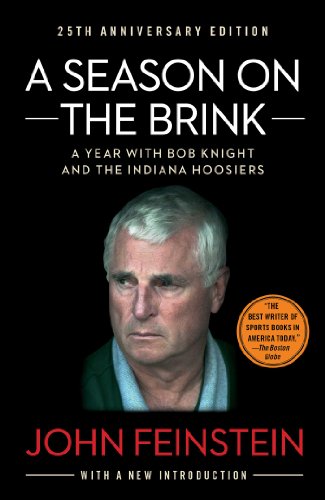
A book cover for A Season on the Brink: A Year with Bob Knight and the Indiana Hoosiers; John Feinstein; Sports & Outdoors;